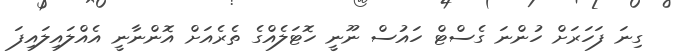
ގިނަ ފަހަރަށް ހުންނަ ގެސްޓް ހައުސް ނޫނީ ހޮޓަލެއްގެ ތެރެއަށް އޮންނާނީ އެއްލައިލައިފަ